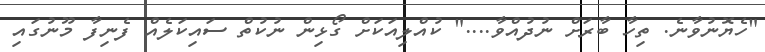
"ހެޔޮނުވާނެ. ތިހާ ބާރަށް ނުދުއްވާ...." ކުއްލިއަކަށް ގޯޅިން ނުކުތް ސައިކަލެއް ފެނިފާ މޫނުގައި